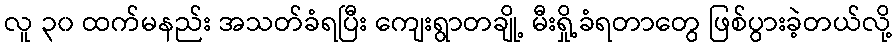
လူ ၃၀ ထက်မနည်း အသတ်ခံရပြီး ကျေးရွာတချို့ မီးရှို့ခံရတာတွေ ဖြစ်ပွားခဲ့တယ်လို့